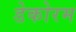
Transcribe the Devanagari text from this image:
डेकोरम